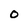
Character: o